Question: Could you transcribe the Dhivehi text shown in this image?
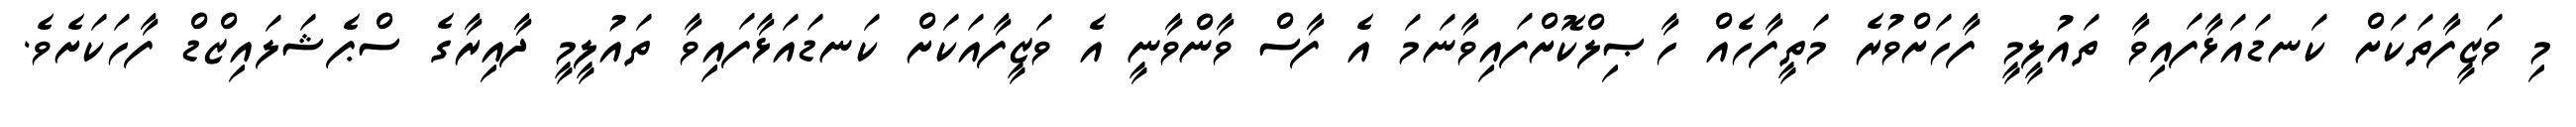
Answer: މި ވަޒީފާތަކަށް ކަނޑައަޅާފައިވާ ތައުލީމީ ފާހަށްވުރެ މަތީފާހެއް ހާޞިލްކޮށްފައިވާނަމަ އެ ފާސް ވާންވާނީ އެ ވަޒީފާއަކަށް ކަނޑައަޅާފައިވާ ތައުލީމީ ދާއިރާގެ ސްޕެޝަލައިޒްޑް ފާހަކަށެވެ.